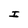
Character: I